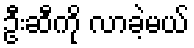
ဦးဆီကို လာခဲ့မယ်